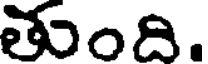
తుంది.